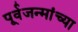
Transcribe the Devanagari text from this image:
पूर्वजन्मांच्या